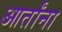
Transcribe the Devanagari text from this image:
आर्तांना